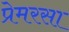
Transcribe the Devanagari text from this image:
प्रेमरसा